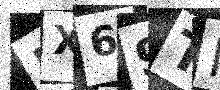
Text: NX69TI